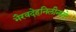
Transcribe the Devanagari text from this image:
भैरवदेहनिलीनपरे